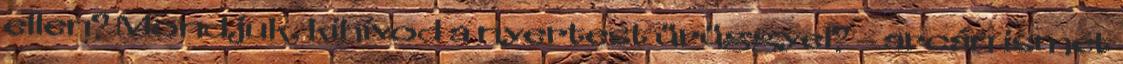
ellen? Mondjuk, kihívod a nyertest ürüggyel? – arcán ismét